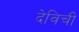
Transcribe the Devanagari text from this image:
देविची